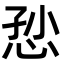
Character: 𢙏